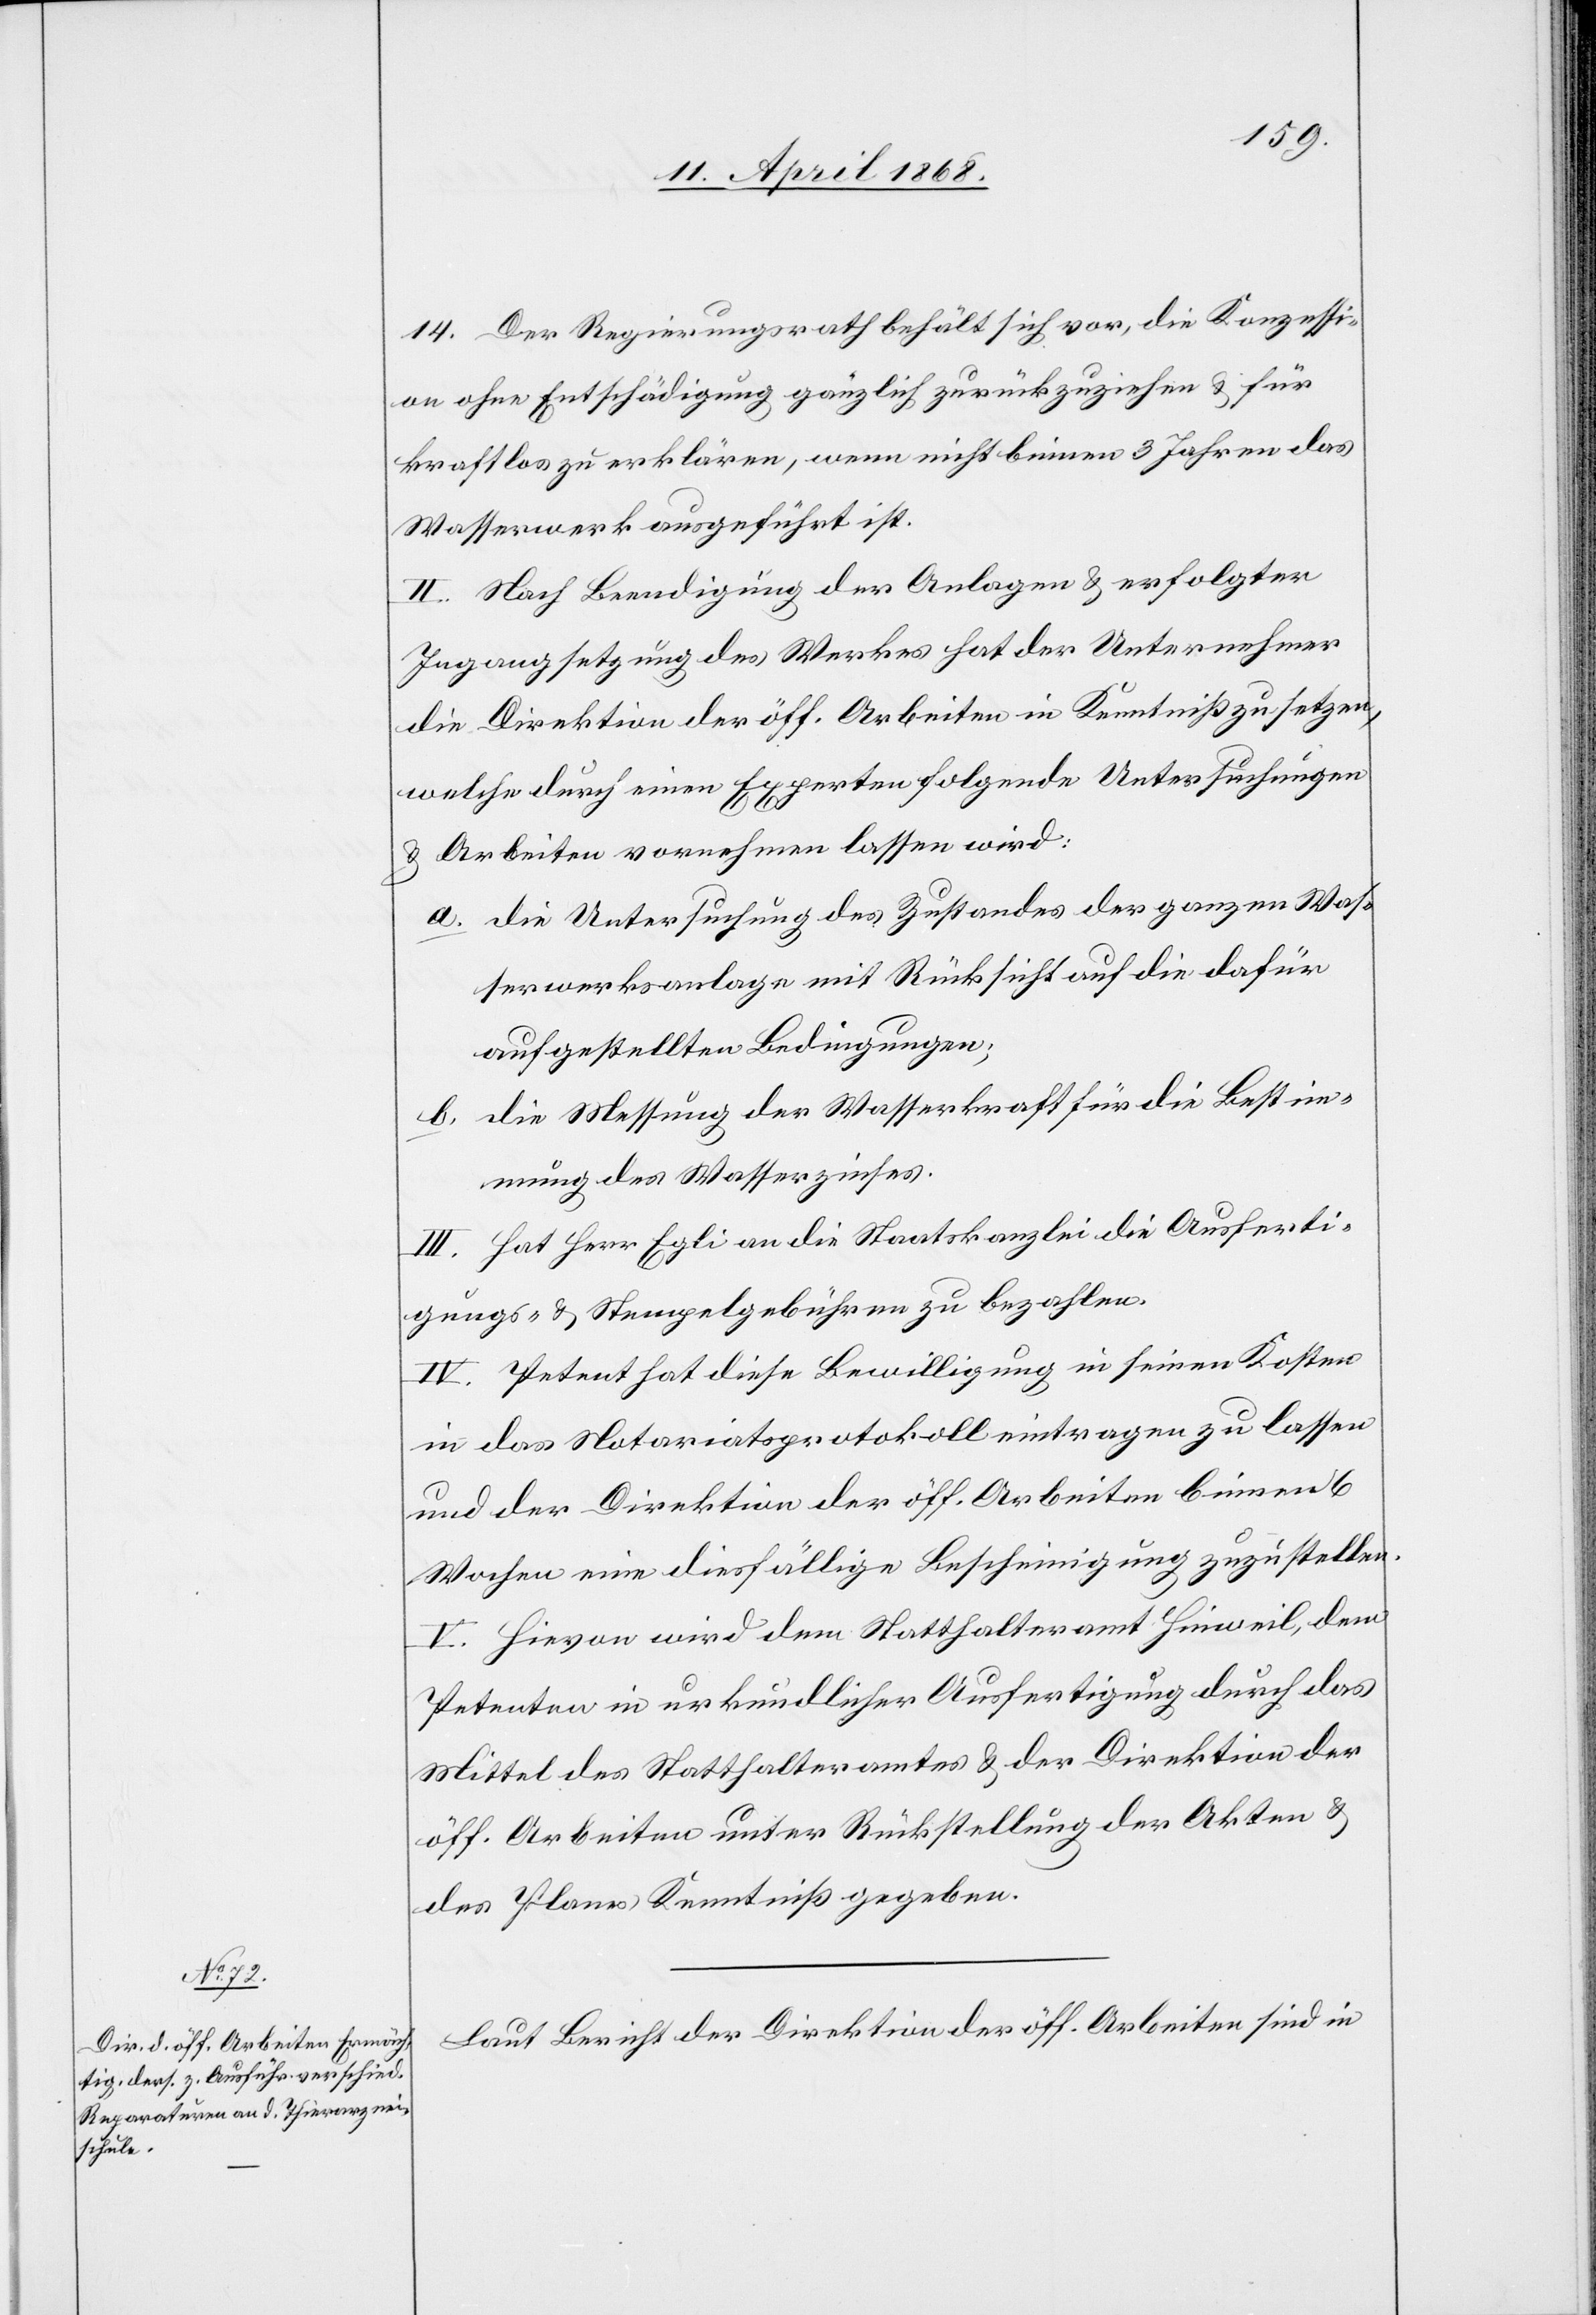
14. Der Regierungsrath behält sich vor, die Konzessi¬
on ohne Entschädigung gänzlich zurückzuziehen & für
kraftlos zu erklären, wenn nicht binnen 3 Jahren das
Wasserwerk ausgeführt ist.
II. Nach Beendigung der Anlagen & erfolgter
Ingangsetzung des Werkes hat der Unternehmer
die Direktion der öff. Arbeiten in Kenntniß zu setzen,
welche durch einen Experten folgende Untersuchungen
& Arbeiten vornehmen lassen wird:
die Untersuchung des Zustandes der ganzen Was¬
serwerksanlage mit Rücksicht auf die dafür
aufgestellten Bedingungen;
die Messung der Wasserkraft für die Bestim¬
mung des Wasserzinses.
III. Hat Herr Egli an die Staatskanzlei die Ausferti¬
gungs- & Stempelgebühren zu bezahlen.
IV. Petent hat diese Bewilligung in seinen Kosten
in das Notariatsprotokoll eintragen zu lassen
und der Direktion der öff. Arbeiten binnen 6
Wochen eine diesfällige Bescheinigung zuzustellen.
V. Hievon wird dem Statthalteramt Hinweil, dem
Petenten in urkundlicher Ausfertigung durch das
Mittel des Statthalteramtes & der Direktion der
öff. Arbeiten unter Rückstellung der Akten &
des Planes Kenntniß gegeben.
Laut Bericht der Direktion der öff. Arbeiten sind in